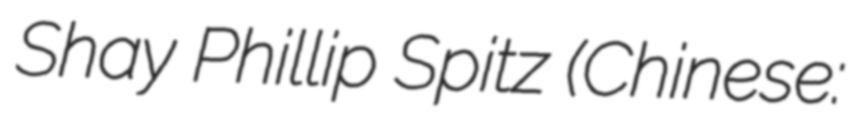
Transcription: Shay Phillip Spitz (Chinese: